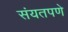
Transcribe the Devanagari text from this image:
संयतपणे